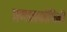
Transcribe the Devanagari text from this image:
प्रगडप्रकोष्ठिकी